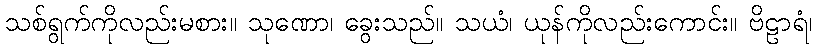
သစ်ရွက်ကိုလည်းမစား။ သုဏော၊ ခွေးသည်။ သယံ၊ ယုန်ကိုလည်းကောင်း။ ဗိဠာရံ၊